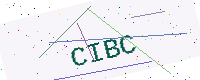
Text: CIBC